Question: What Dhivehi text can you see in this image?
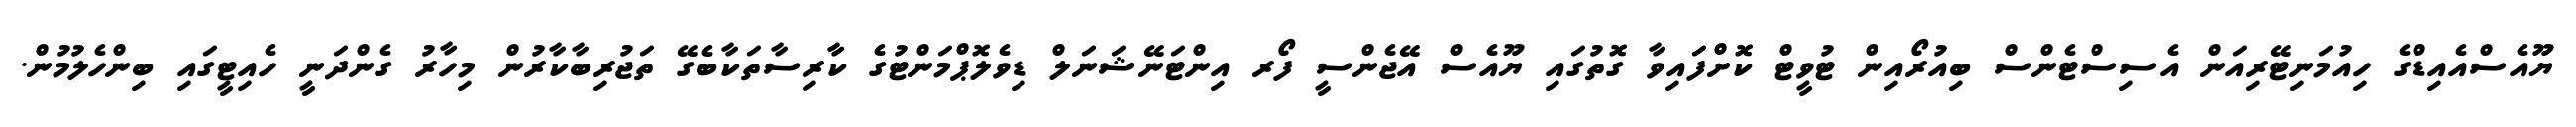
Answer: ޔޫއެސްއެއިޑްގެ ހިއުމަނިޓޭރިއަން އެސިސްޓެންސް ބިއުރޯއިން ޓުވީޓް ކޮށްފައިވާ ގޮތުގައި ޔޫއެސް އޭޖެންސީ ފޯރ އިންޓަނޭޝަނަލް ޑިވެލޮޕްމަންޓުގެ ކާރިސާތަކާބެގޭ ތަޖުރިބާކާރުން މިހާރު ގެންދަނީ ހެއިޓީގައި ބިންހެލުމުން.